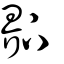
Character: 𤲂